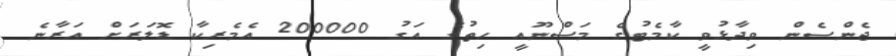
ޖެންސެން ވިދާޅުވީ ކާމެޓުގެ މަސްނޫއީ ހިތުގެ އަގު 200000 އެމެރިކާ ޑޮލަރަށް އަރާނެ